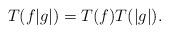
LaTeX: \begin{align*}T(f|g|)=T(f)T(|g|).\end{align*}